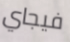
فيجاي